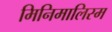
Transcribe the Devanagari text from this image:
मिनिमालिस्म